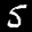
Label: 5